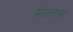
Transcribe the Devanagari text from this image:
मेखलाओं